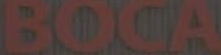
BOCA